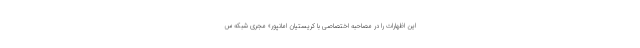
این اظهارات را در مصاحبه اختصاصی با کریستیان امانپور» مجری شبکه س